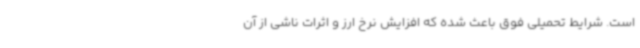
است. شرایط تحمیلی فوق باعث شده که افزایش نرخ ارز و اثرات ناشی از آن